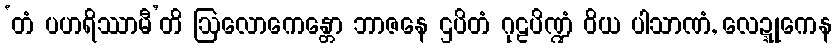
‘တံ ပဟရိဿာမီ’တိ ဩလောကေန္တော ဘာဇနေ ဌပိတံ ဂုဠပိဏ္ဍံ ဝိယ ပါသာဏံ, လေဍ္ဍုကေန